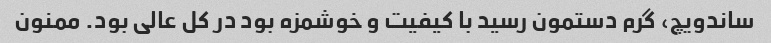
ساندویچ، گرم دستمون رسید با کیفیت و خوشمزه بود در کل عالی بود. ممنون